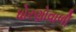
ધોરણોવાળી